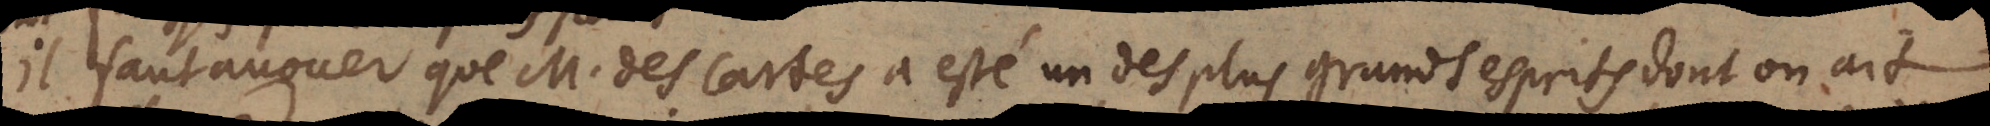
Il faut avouer que M. des Cartes a esté un des plus grands esprits dont on ait